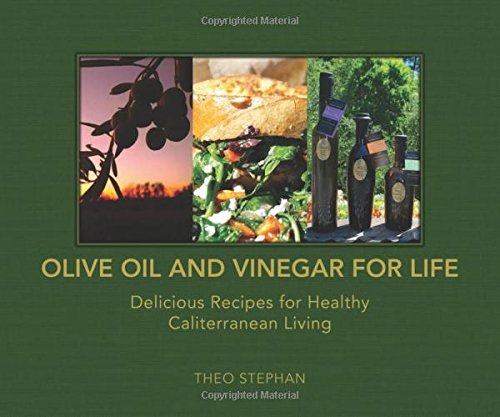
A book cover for Olive Oil and Vinegar for Life: Delicious Recipes for Healthy Caliterranean Living; Theo Stephan; Cookbooks, Food & Wine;